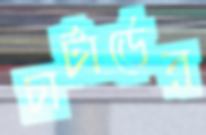
চার্টার্ডের